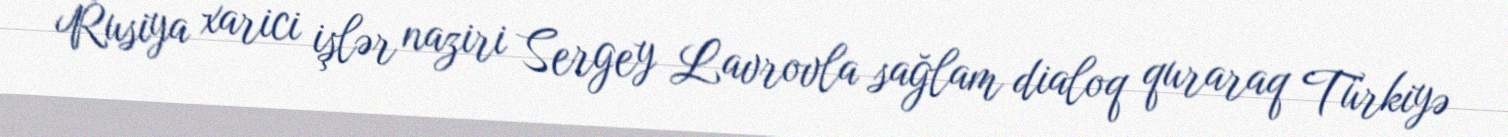
Rusiya xarici işlər naziri Sergey Lavrovla sağlam dialoq quraraq Türkiyə